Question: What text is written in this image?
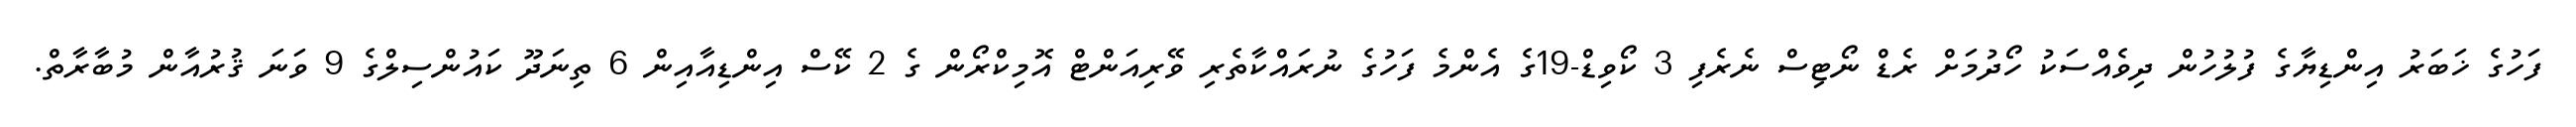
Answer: ފަހުގެ ޚަބަރު އިންޑިޔާގެ ފުލުހުން ދިވެއްސަކު ހޯދުމަށް ރެޑް ނޯޓިސް ނެރެފި 3 ކޯވިޑް-19ގެ އެންމެ ފަހުގެ ނުރައްކާތެރި ވޭރިއަންޓް އޮމިކްރޯން ގެ 2 ކޭސް އިންޑިއާއިން 6 ތިނަދޫ ކައުންސިލްގެ 9 ވަނަ ޤުރުއާން މުބާރާތް.